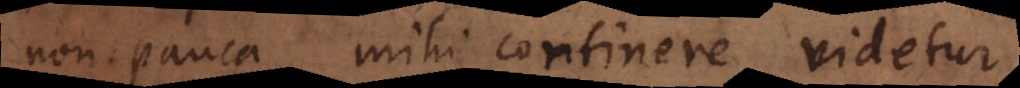
non pauca mihi continere videtur,